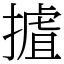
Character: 摣